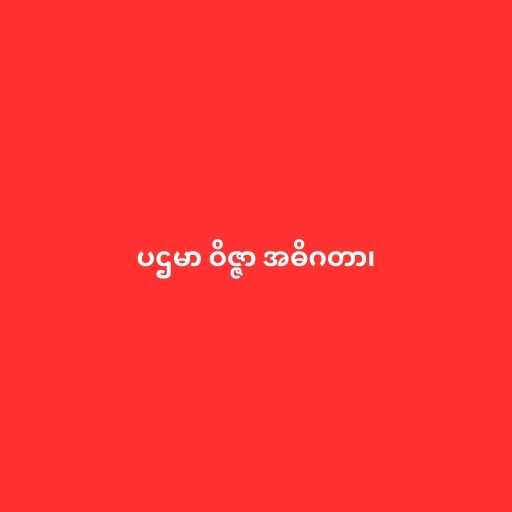
ပဌမာ ဝိဇ္ဇာ အဓိဂတာ၊